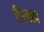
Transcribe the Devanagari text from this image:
विमता